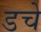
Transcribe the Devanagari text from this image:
डचे